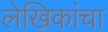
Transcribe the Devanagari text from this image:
लेखिकांचा